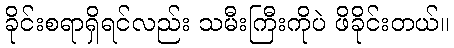
ခိုင်းစရာရှိရင်လည်း သမီးကြီးကိုပဲ ဖိခိုင်းတယ်။